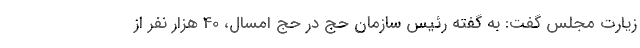
زیارت مجلس گفت: به گفته رئیس سازمان حج در حج امسال، 40 هزار نفر از